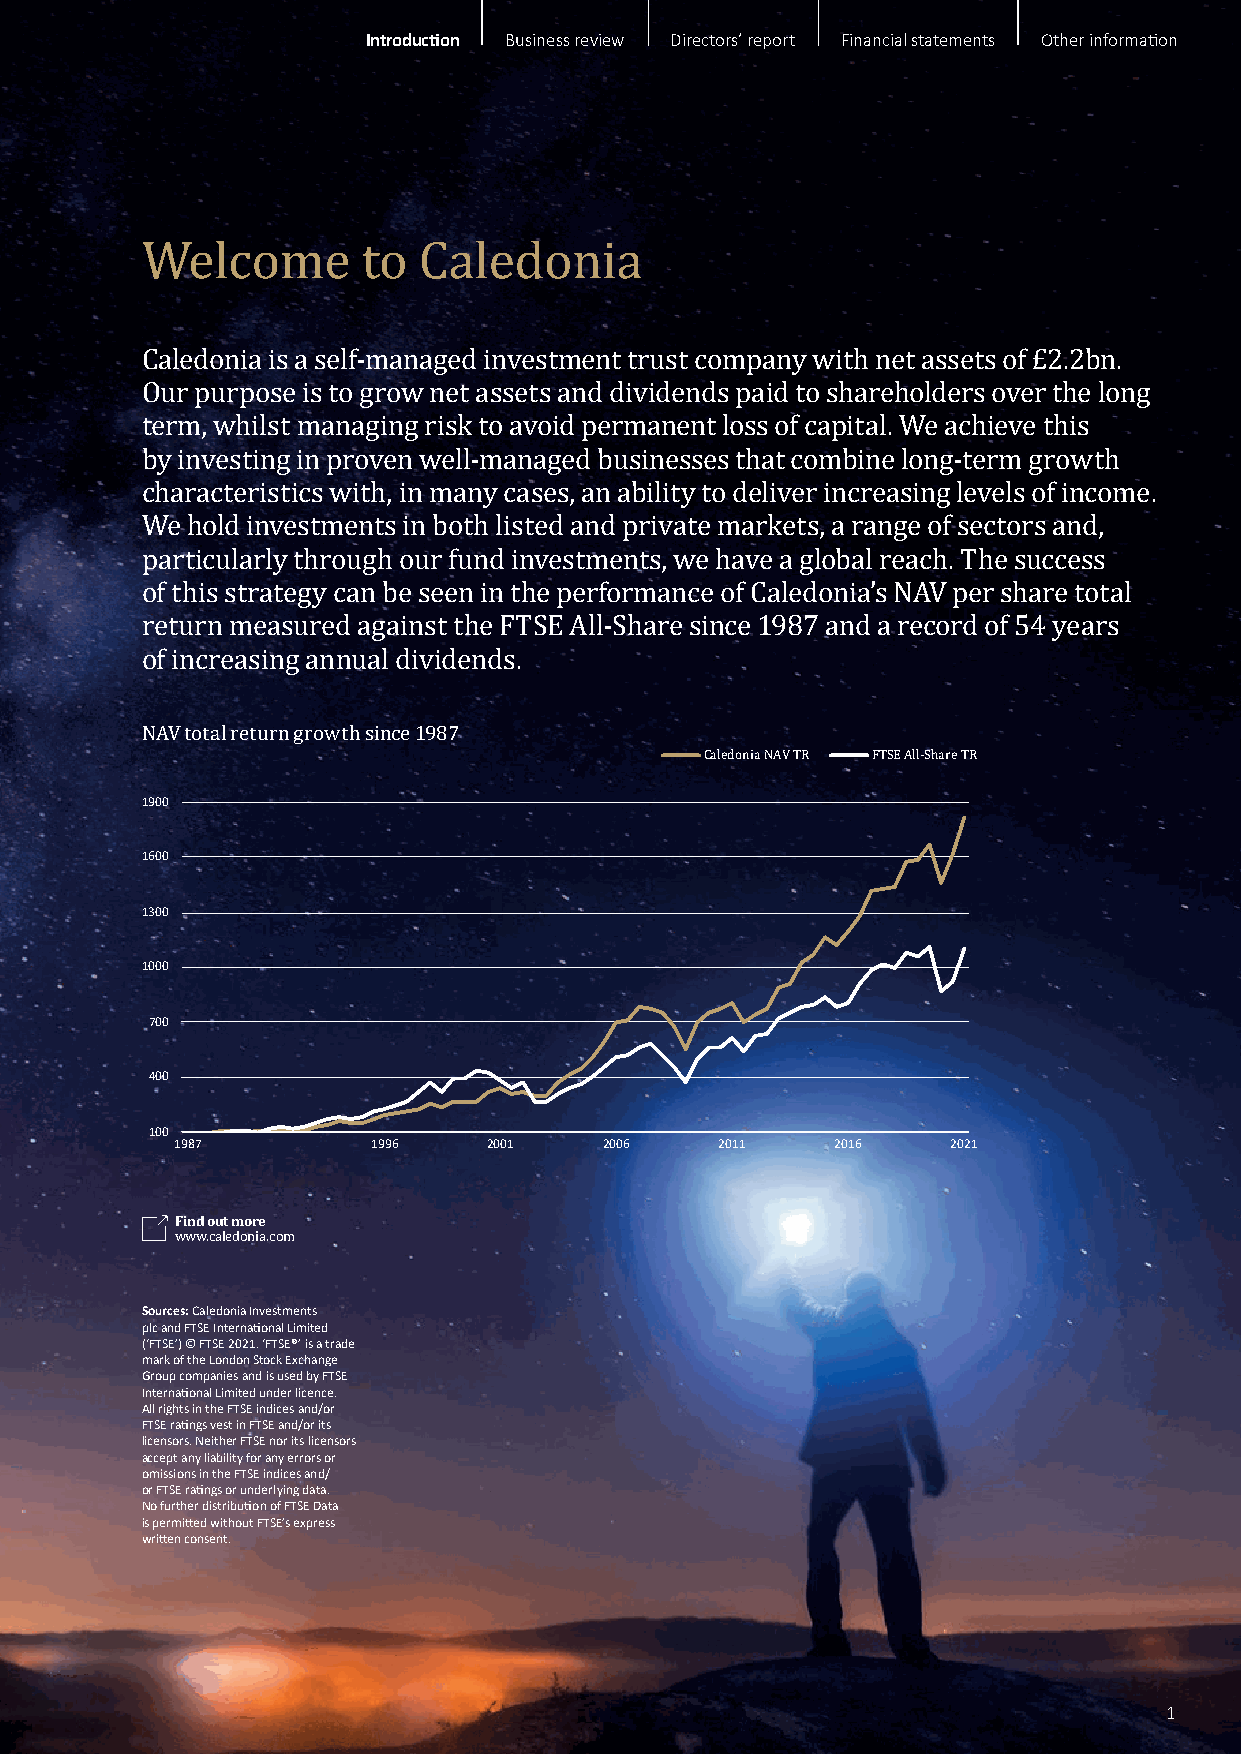
Introduction Business review Directors’ report Financial statements Other information
 Welcome        to  Caledonia
 Caledonia is a self-managed investment trust company with net assets of £2.2bn.
 Our purpose is to grow net assets and dividends paid to shareholders over the long
 term, whilst managing risk to avoid permanent loss of capital. We achieve this
 by investing in proven well-managed businesses that combine long-term growth
 characteristics with, in many cases, an ability to deliver increasing levels of income.
 We hold investments in both listed and private markets, a range of sectors and,
 particularly through our fund investments, we have a global reach. The success
 of this strategy can be seen in the performance of Caledonia’s NAV per share total
 return measured against the FTSE All-Share since 1987 and a record of 54 years
 of increasing annual dividends.
 NAV total return growth since 1987
 Caledonia NAV TR FTSE All-Share TR
 1900
 1600
 1300
 1000
 700
 400
 100
 1987         1996   2001    2006    2011   2016    2021
 Find out more
 www.caledonia.com
 Sources: Caledonia Investments
 plc and FTSE International Limited
 (‘FTSE’) © FTSE 2021. ‘FTSE®’ is a trade
 mark of the London Stock Exchange
 Group companies and is used by FTSE
 International Limited under licence.
 All rights in the FTSE indices and/or
 FTSE ratings vest in FTSE and/or its
 licensors. Neither FTSE nor its licensors
 accept any liability for any errors or
 omissions in the FTSE indices and/
 or FTSE ratings or underlying data.
 No further distribution of FTSE Data
 is permitted without FTSE’s express
 written consent.
 1